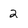
Character: 2